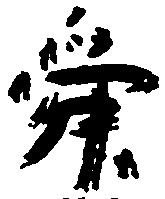
舜